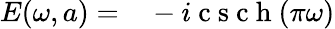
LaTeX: \begin{array}{rl}{E(\omega,a)=}&{{}-i\mathrm{~c~s~c~h~}(\pi\omega)}\end{array}